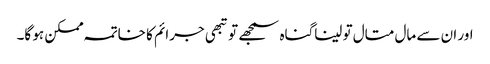
اور ان سے مال متال تو لیناگناہ سمجھے تو تبھی جرائم کا خاتمہ ممکن ہو گا۔